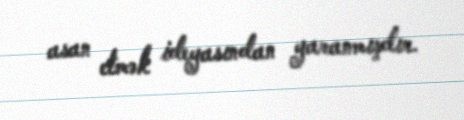
asan etmək ideyasından yaranmışdır.